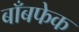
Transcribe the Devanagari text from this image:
बाँबफेक